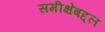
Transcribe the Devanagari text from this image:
समीक्षेबद्दल